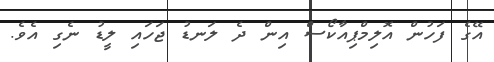
އޭގެ ފަހުން އޮލިމްޕިއާކޯސް އިން ދެ ލަނޑު ޖަހައި ލީޑު ނެގި އެވެ.